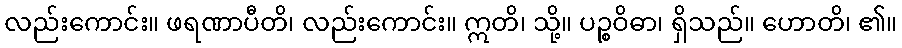
လည်းကောင်း။ ဖရဏာပီတိ၊ လည်းကောင်း။ ဣတိ၊ သို့။ ပဉ္စဝိဓာ၊ ရှိသည်။ ဟောတိ၊ ၏။